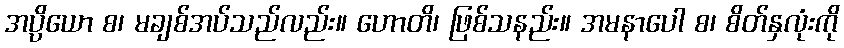
အပ္ပိယော စ၊ မချစ်အပ်သည်လည်း။ ဟောတိ၊ ဖြစ်သနည်း။ အမနာပေါ စ၊ စိတ်နှလုံးကို